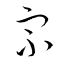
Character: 宗